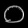
Digit: ၀